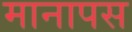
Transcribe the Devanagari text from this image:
मानापस